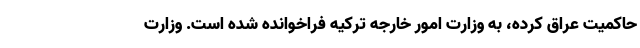
حاکمیت عراق کرده، به وزارت امور خارجه ترکیه فراخوانده شده است. وزارت